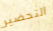
التحضير